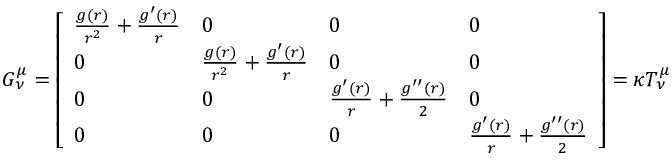
\begin{array} { r } { G _ { \nu } ^ { \mu } = \left[ \begin{array} { l l l l } { \frac { g ( r ) } { r ^ { 2 } } + \frac { g ^ { \prime } ( r ) } { r } } & { 0 } & { 0 } & { 0 } \\ { 0 } & { \frac { g ( r ) } { r ^ { 2 } } + \frac { g ^ { \prime } ( r ) } { r } } & { 0 } & { 0 } \\ { 0 } & { 0 } & { \frac { g ^ { \prime } ( r ) } { r } + \frac { g ^ { \prime \prime } ( r ) } { 2 } } & { 0 } \\ { 0 } & { 0 } & { 0 } & { \frac { g ^ { \prime } ( r ) } { r } + \frac { g ^ { \prime \prime } ( r ) } { 2 } } \end{array} \right] = \kappa T _ { \nu } ^ { \mu } } \end{array}